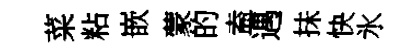
菜粘嵌蒙的盍遇抺快氷